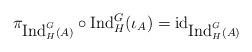
LaTeX: \begin{align*} \pi_{\mbox{Ind}_H^G(A)} \circ \mbox{Ind}_H^G(\iota_A) = \mbox{id}_{\mbox{Ind}_H^G(A)}\end{align*}